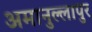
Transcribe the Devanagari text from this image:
अमानुल्लापुर